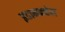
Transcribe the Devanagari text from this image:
इडामन्नेल